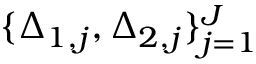
\{ \Delta _ { 1 , j } , \Delta _ { 2 , j } \} _ { j = 1 } ^ { J }